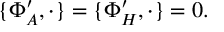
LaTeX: \{ \Phi _ { A } ^ { \prime } , \cdot \} = \{ \Phi _ { H } ^ { \prime } , \cdot \} = 0 .